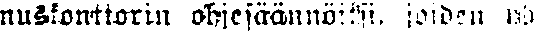
nuskonttorin ohjesäännöksi, joiden yh-